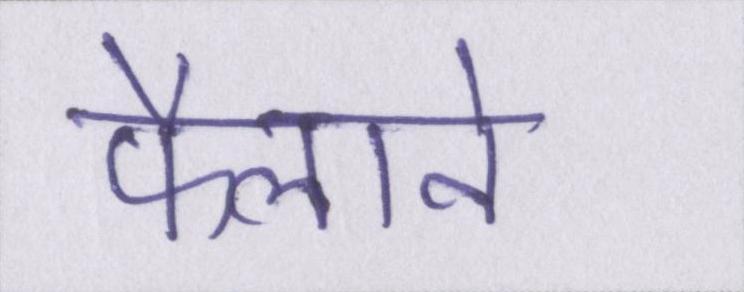
फैलाने